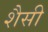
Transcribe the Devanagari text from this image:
शैसी